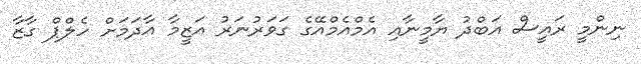
ނިންމީ ރައީސް އަބްދު ޔާމީނާއި އެމްއެމްއޭގެ ގަވަރުނަރު އަޒީމާ އާދަމަށް ހެލްޕް ގާޒާ